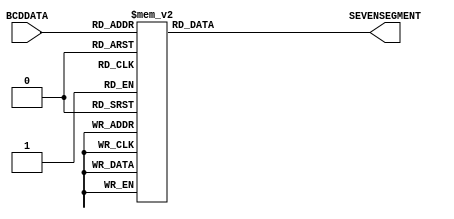
module bcd2display(
BCDDATA         ,	// BCD Data (Input)
SEVENSEGMENT        // Seven Segment Data (Output)
);

parameter BCD_WIDTH = 4;
parameter DISPLAY_WIDTH = 7;

//--------------Input Ports----------------------------
input   [BCD_WIDTH-1:0] BCDDATA;		

//--------------Output Ports---------------------------
output reg  [DISPLAY_WIDTH-1:0] SEVENSEGMENT;

//-------------Processing Starts Here------------------

// Seven Segment Display Block
always @ (BCDDATA) begin
	case (BCDDATA)
		4'b0000: SEVENSEGMENT = 7'b0000001; // 0 (1)
		4'b0001: SEVENSEGMENT = 7'b1001111; // 1 (79)
		4'b0010: SEVENSEGMENT = 7'b0010010;	// 2 (18)
		4'b0011: SEVENSEGMENT = 7'b0000110; // 3 (6)
		4'b0100: SEVENSEGMENT = 7'b1001100; // 4 (76)
		4'b0101: SEVENSEGMENT = 7'b0100100; // 5 (36)
		4'b0110: SEVENSEGMENT = 7'b0100000; // 6 (32)
		4'b0111: SEVENSEGMENT = 7'b0001101; // 7 (13)
		4'b1000: SEVENSEGMENT = 7'b0000000; // 8 (0)
		4'b1001: SEVENSEGMENT = 7'b0000100; // 9 (4)
		4'b1010: SEVENSEGMENT = 7'b1111110; // - (126)
		4'b1011: SEVENSEGMENT = 7'b1111111; //   (127)
		default: SEVENSEGMENT = 7'b1111111; //   (127)
	endcase
end

endmodule